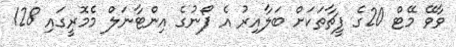
ވާވޭ މޭޓް 20ގެ ފީޗާތަކަށް ބަލާއިރު އެ ފޯނުގެ އިންޓާނަލް މެމޮރީގައި 128